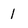
Character: 1